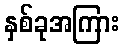
နှစ်ခုအကြား